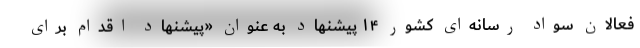
فعالان سواد رسانه‌ای کشور ۱۴ پیشنهاد به عنوان «پیشنهاد اقدام برای